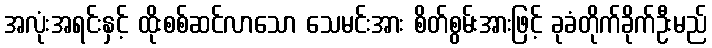
အလုံးအရင်းနှင့် ထိုးစစ်ဆင်လာသော သေမင်းအား စိတ်စွမ်းအားဖြင့် ခုခံတိုက်ခိုက်ဦးမည်